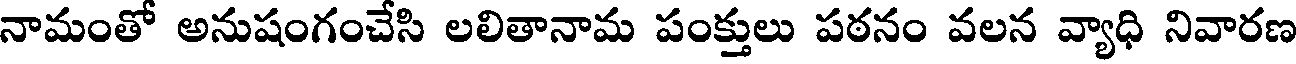
నామంతో అనుషంగంచేసి లలితానామ పంక్తులు పఠనం వలన వ్యాధి నివారణ